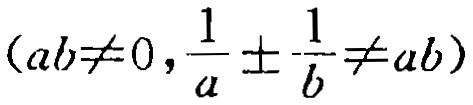
$(ab\neq0,\frac{1}{a}\pm\frac{1}{b}\neq ab)$